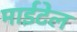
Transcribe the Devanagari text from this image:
माईटेल